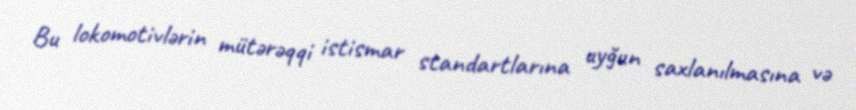
Bu lokomotivlərin mütərəqqi istismar standartlarına uyğun saxlanılmasına və